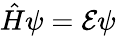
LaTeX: {\hat{H}}\psi={\mathcal{E}}\psi